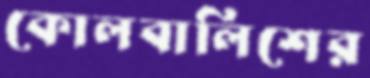
কোলবালিশের